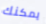
يمكنك